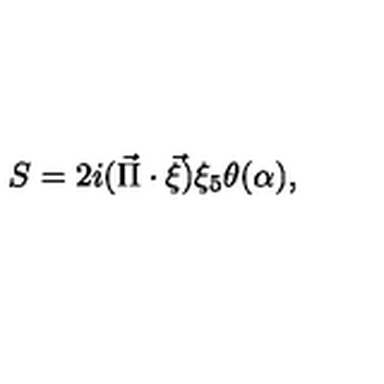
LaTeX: S = 2 i ( \vec { \Pi } \cdot \vec { \xi } ) \xi _ { 5 } \theta ( \alpha ) ,